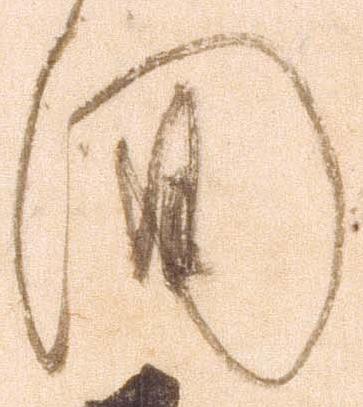
間